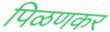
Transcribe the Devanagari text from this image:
पिळणकर